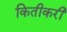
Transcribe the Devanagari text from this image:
कितीकरी